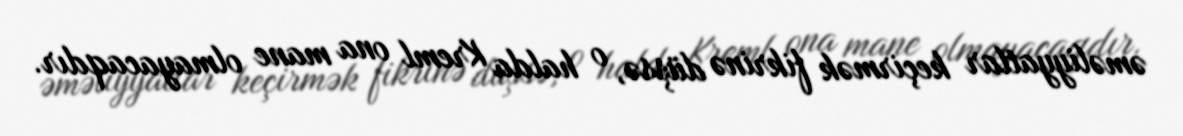
əməliyyatlar keçirmək fikrinə düşsə, o halda Kreml ona mane olmayacaqdır.